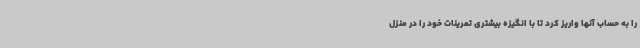
را به حساب آنها واریز کرد تا با انگیزه بیشتری تمرینات خود را در منزل